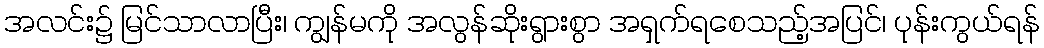
အလင်း၌ မြင်သာလာပြီး၊ ကျွန်မကို အလွန်ဆိုးရွားစွာ အရှက်ရစေသည့်အပြင်၊ ပုန်းကွယ်ရန်